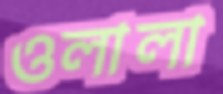
ওলালা